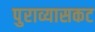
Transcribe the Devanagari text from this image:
पुराव्यासकट